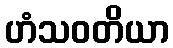
ဟံသဝတိယာ